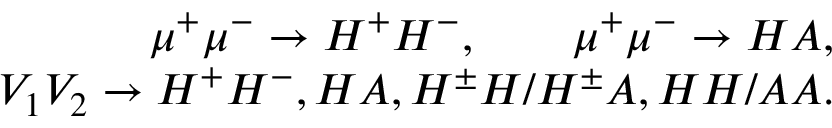
\begin{array} { r l r } { \mu ^ { + } \mu ^ { - } \to H ^ { + } H ^ { - } , \qquad \mu ^ { + } \mu ^ { - } \to H A , } & { { } } & { } \\ { V _ { 1 } V _ { 2 } \to H ^ { + } H ^ { - } , H A , H ^ { \pm } H / H ^ { \pm } A , H H / A A . } & { { } } & { } \end{array}